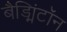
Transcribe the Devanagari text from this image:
बैड्मिंटॉन